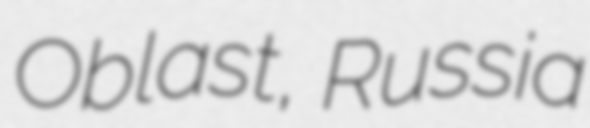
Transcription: Oblast, Russia